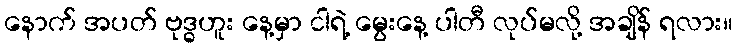
နောက် အပတ် ဗုဒ္ဓဟူး နေ့မှာ ငါရဲ့ မွေးနေ့ ပါတီ လုပ်မလို့ အချိန် ရလား။